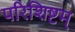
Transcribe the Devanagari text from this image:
परिशिष्टम्